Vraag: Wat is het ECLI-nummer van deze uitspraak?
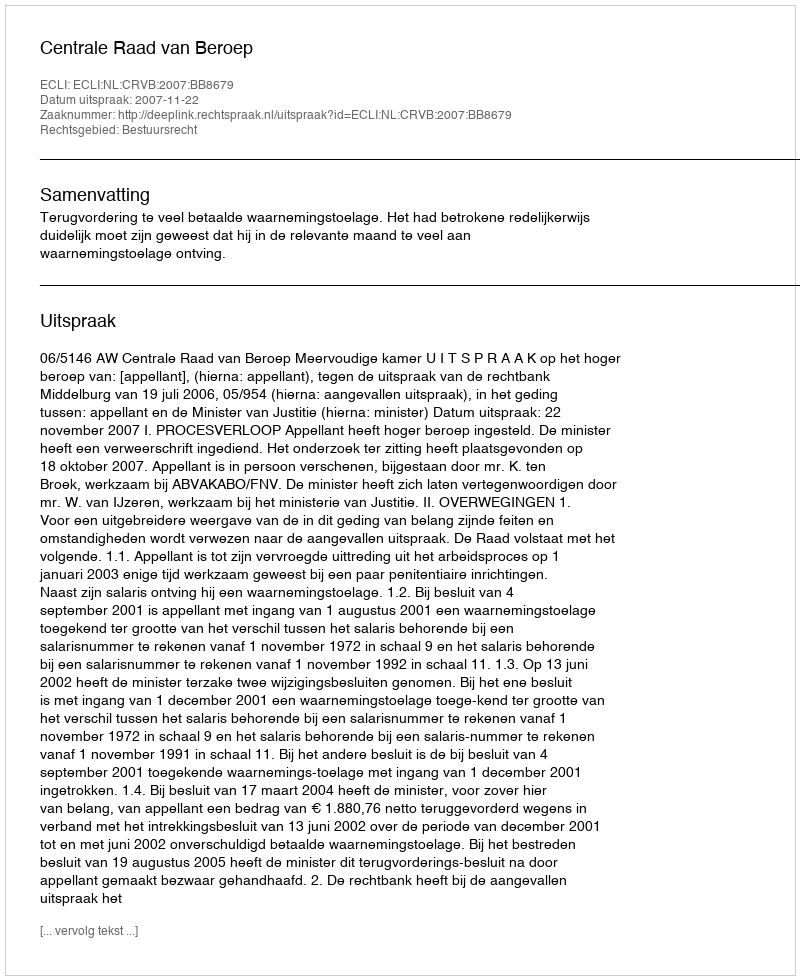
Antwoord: ECLI:NL:CRVB:2007:BB8679